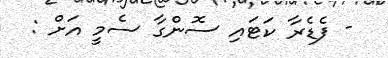
- ފެޑެރާ ކަޓައި ސޮންގާ ސެމީ އަށް :